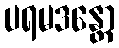
ပရမဒန္တော